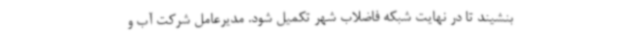
بنشیند تا در نهایت شبکه فاضلاب شهر تکمیل شود. مدیرعامل شرکت آب و